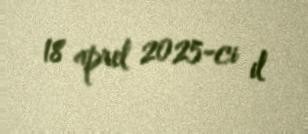
18 aprel 2025-ci il